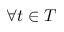
\forall t \in T